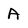
Character: A